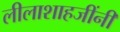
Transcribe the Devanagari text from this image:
लीलाशाहजींनी